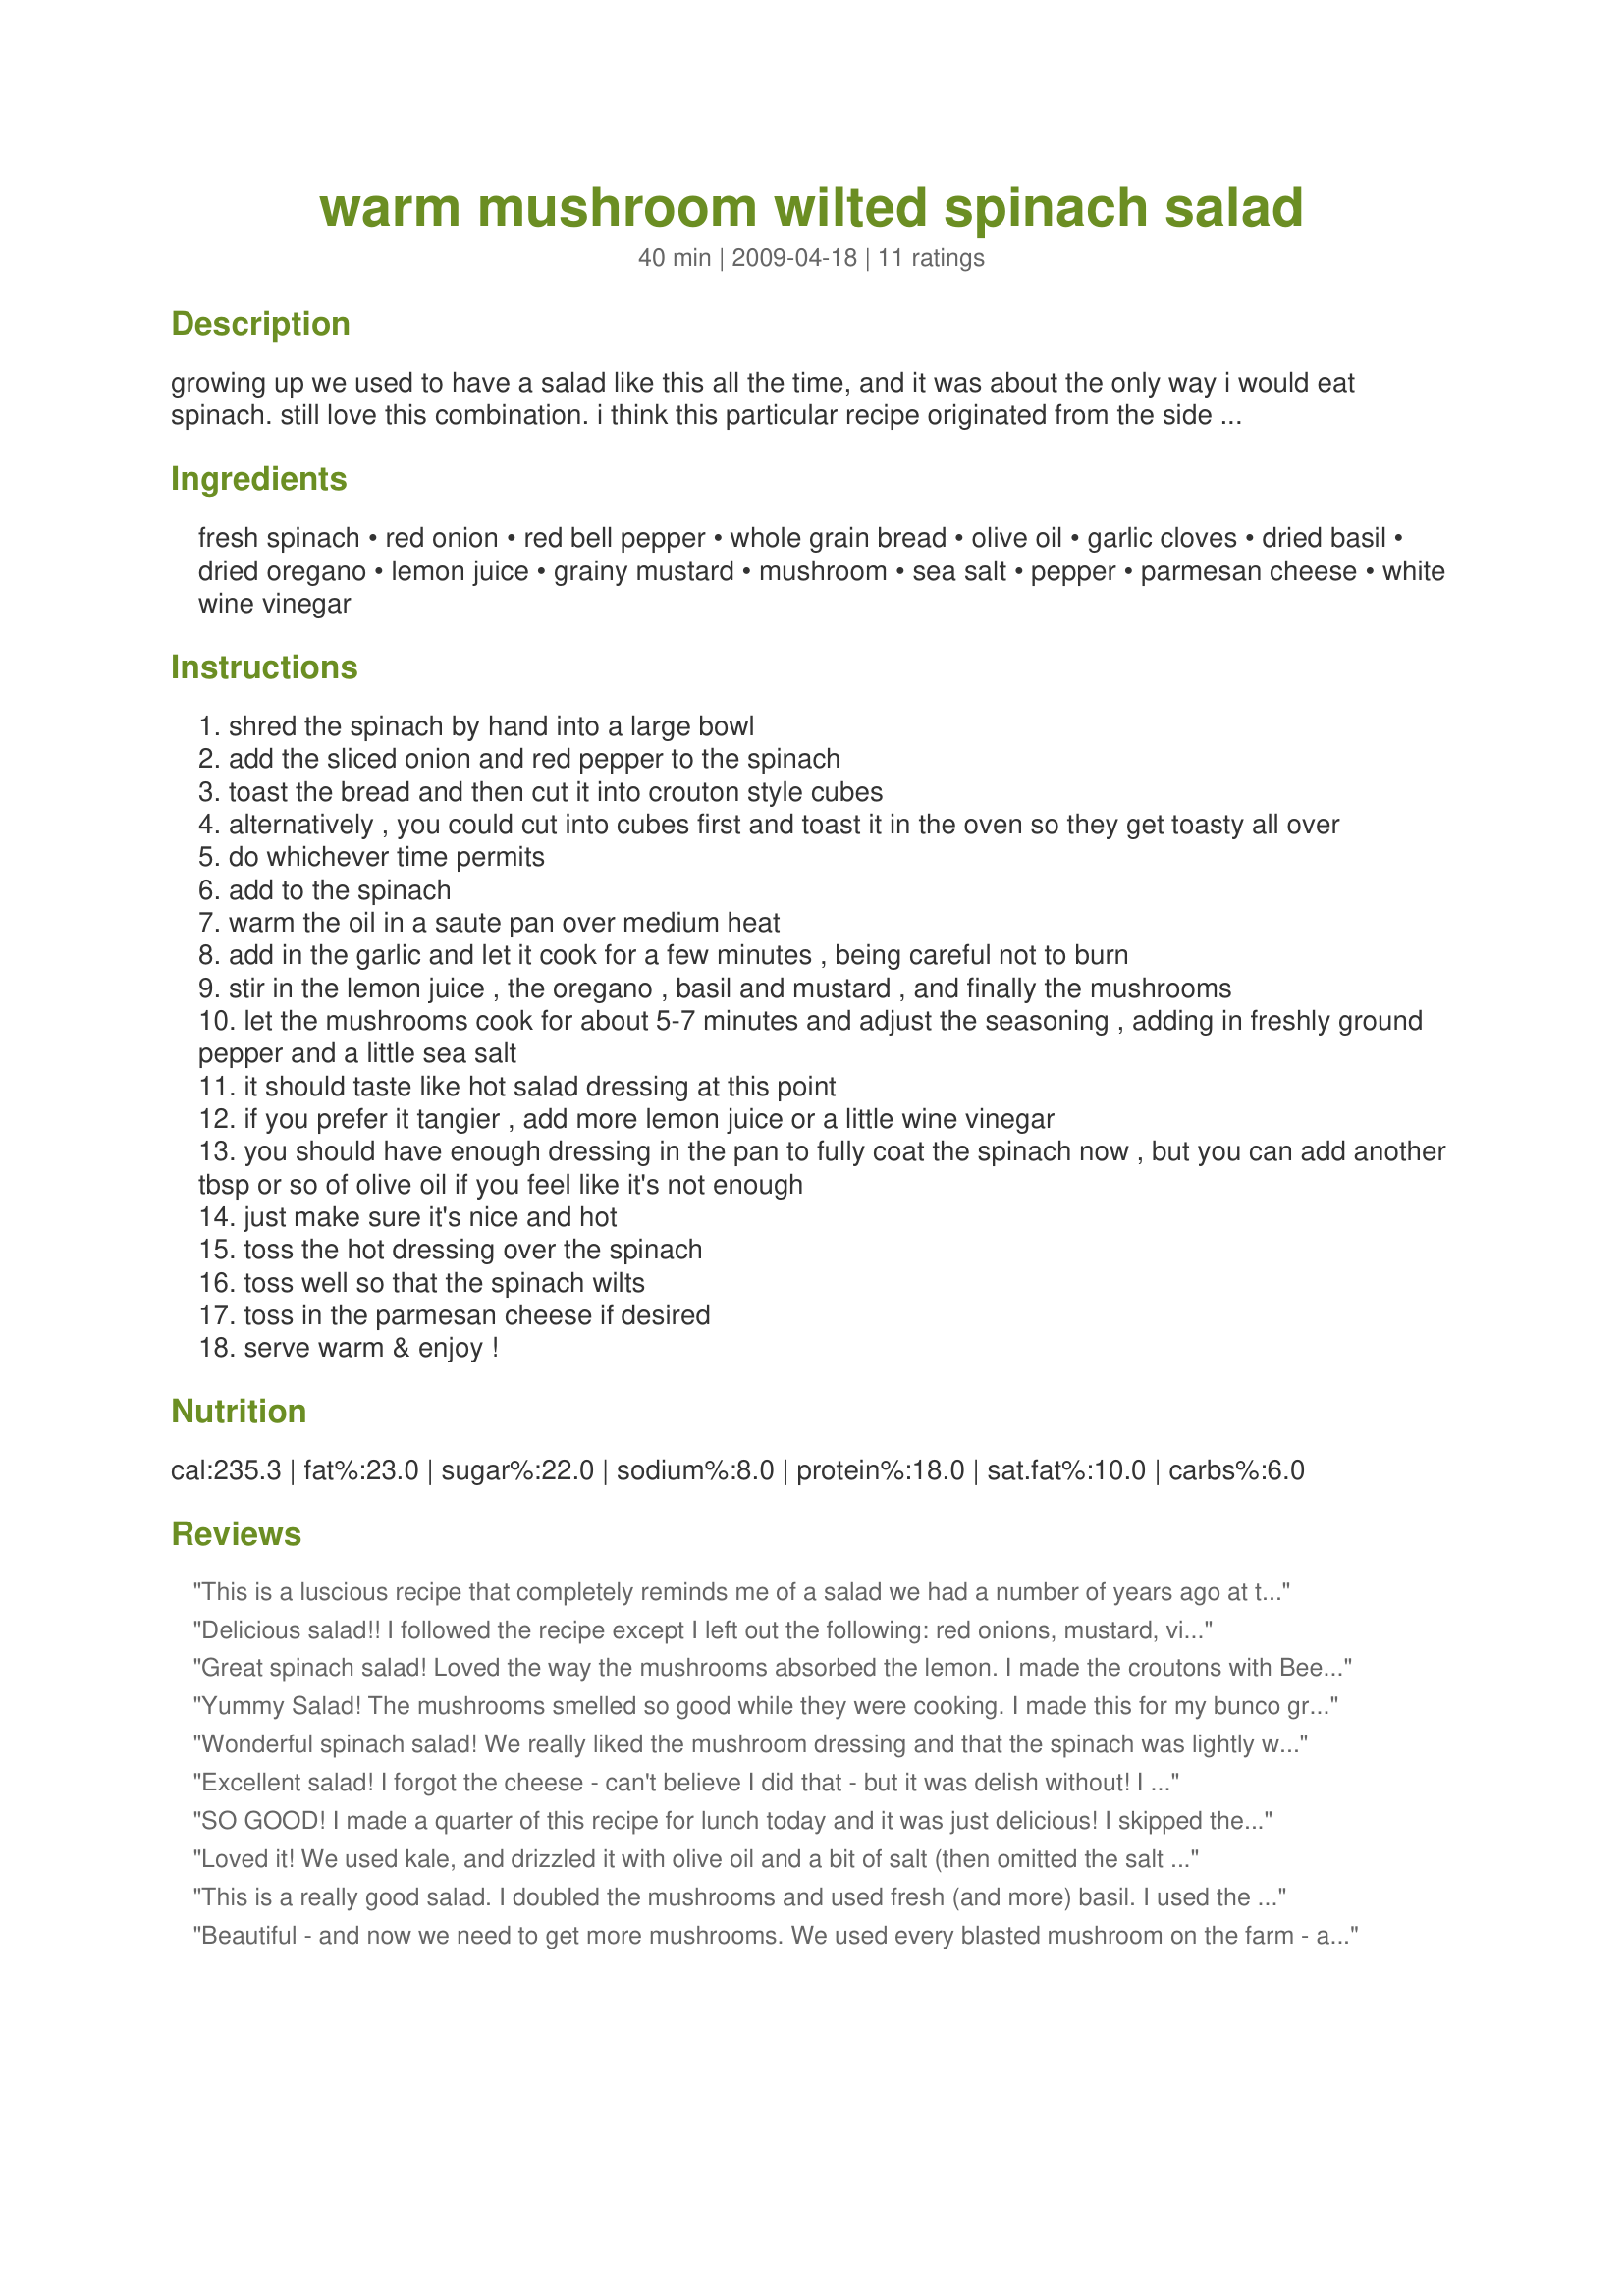
warm mushroom wilted spinach salad
Preparation time: 40 minutes

growing up we used to have a salad like this all the time, and it was about the only way i would eat spinach. still love this combination. i think this particular recipe originated from the side of a bag of mushrooms. i have tweaked it over the years because i don't like to cook the spinach, i prefer to just toss the hot hot dressing over the spinach, which just wilts it enough without cooking it. i'm always throwing bread loaf ends into the freezer, this is a good recipe to use some of them in. toss the final salad with cheese if you like. beware, your house will smell like vinegar!!

Ingredients:
fresh spinach, red onion, red bell pepper, whole grain bread, olive oil, garlic cloves, dried basil, dried oregano, lemon juice, grainy mustard, mushroom, sea salt, pepper, parmesan cheese, white wine vinegar

Steps:
shred the spinach by hand into a large bowl
add the sliced onion and red pepper to the spinach
toast the bread and then cut it into crouton style cubes
alternatively , you could cut into cubes first and toast it in the oven so they get toasty all over
do whichever time permits
add to the spinach
warm the oil in a saute pan over medium heat
add in the garlic and let it cook for a few minutes , being careful not to burn
stir in the lemon juice , the oregano , basil and mustard , and finally the mushrooms
let the mushrooms cook for about 5-7 minutes and adjust the seasoning , adding in freshly ground pepper and a little sea salt
it should taste like hot salad dressing at this point
if you prefer it tangier , add more lemon juice or a little wine vinegar
you should have enough dressing in the pan to fully coat the spinach now , but you can add another tbsp or so of olive oil if you feel like it's not enough
just make sure it's nice and hot
toss the hot dressing over the spinach
toss well so that the spinach wilts
toss in the parmesan cheese if desired
serve warm & enjoy !

Reviews:
This is a luscious recipe that completely reminds me of a salad we had a number of years ago at the Royal Club in Cozumel. We loved it so much, we ate it pretty much every night! I used Portabella Mushrooms (two large) and threw in four white mushrooms as well. I had some freshly made multigrain bread which I toasted for the bread cubes, and otherwise made exactly as listed, adding a grating of fresh parm after the picture was taken. Wonderful flavours, magpie - this is a sure keeper!! Made for Veggie Swap 18.
Delicious salad!! I followed the recipe except I left out the following: red onions, mustard, vinegar, parmesan. I also used vegetable oil instead of olive oil. And it still tasted amazingly great despite the mising ingredients! Thank you for posting this recipe!
Great spinach salad! Loved the way the mushrooms absorbed the lemon. I made the croutons with Beets Buying Bread (A B M) Recipe #384219. Skipped the red pepper.<br/>Thanks!
Yummy Salad! The mushrooms smelled so good while they were cooking. I made this for my bunco group and everyone walking in the door commented how good it smelled. I omitted the red onion and forgot the parmesan cheese. This is a wonderful, unique salad that we enjoyed.
Wonderful spinach salad! We really liked the mushroom dressing and that the spinach was lightly wilted. Made as written using only the parmesan option. Also liked that this use of bread slices to make quick croutons, very handy. Thanks for the post.
Excellent salad! I forgot the cheese - can't believe I did that - but it was delish without! I used 2 large portabella mushrooms, just like Kat, with great results. I used some homemade onion bread that was a couple days old and I loved how, when toasted, it was crunchy on the outside yet soft inside. Hubby gave this rave reviews which is a plus (he is so spoiled that he rarely comments on meals - and he liked this one). THANKS for this keeper of a recipe. Made for Veggie Swap.
SO GOOD! I made a quarter of this recipe for lunch today and it was just delicious! I skipped the croutons and red onion because I didn't have them but made the rest as listed. I will make this again but do you know how far 1/4 pound of spinach goes?! Made for the February Sun and Spice Event. Thanks magpie diner! :)
Loved it! We used kale, and drizzled it with olive oil and a bit of salt (then omitted the salt in the hot dressing) in advance to break it down a bit, then topped it with the hot dressing....and just ate and ate! I can't wait to share this recipe with the rest of my family.
This is a really good salad. I doubled the mushrooms and used fresh (and more) basil. I used the optional parmesan and additional lemon (and then added even more lemon!). I think if I were to do it again, I would use half the oil for sauteeing and save the other half to dress the salad with, so I wouldn't have to add more fat to it.
Beautiful - and now we need to get more mushrooms. We used every blasted mushroom on the farm - and boy - let me tell you - this is the way to go - when you feel like having a mushroom and spinach extravaganza. Followed this exactly - except forgot to put on the croutons. I guess the mushrooms that were warmed made me giddy with delight. Could easily make this my main meal - especially when having two helpings.
This is a fantastic salad! I don't care for raw onion so left it out, otherwise made as directed; I did use the optional parmesan but did not need any extra oil or vinegar. The mushroom dressing is wonderful and wilts the spinach to a perfect salad texture. Loved this - thanks for sharing a keeper! Made for ZWT8, Chefs gone WILD!
